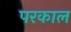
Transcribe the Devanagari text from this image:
परकाल